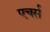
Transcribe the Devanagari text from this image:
एचर्स